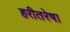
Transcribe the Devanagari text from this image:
हरीतरेषा